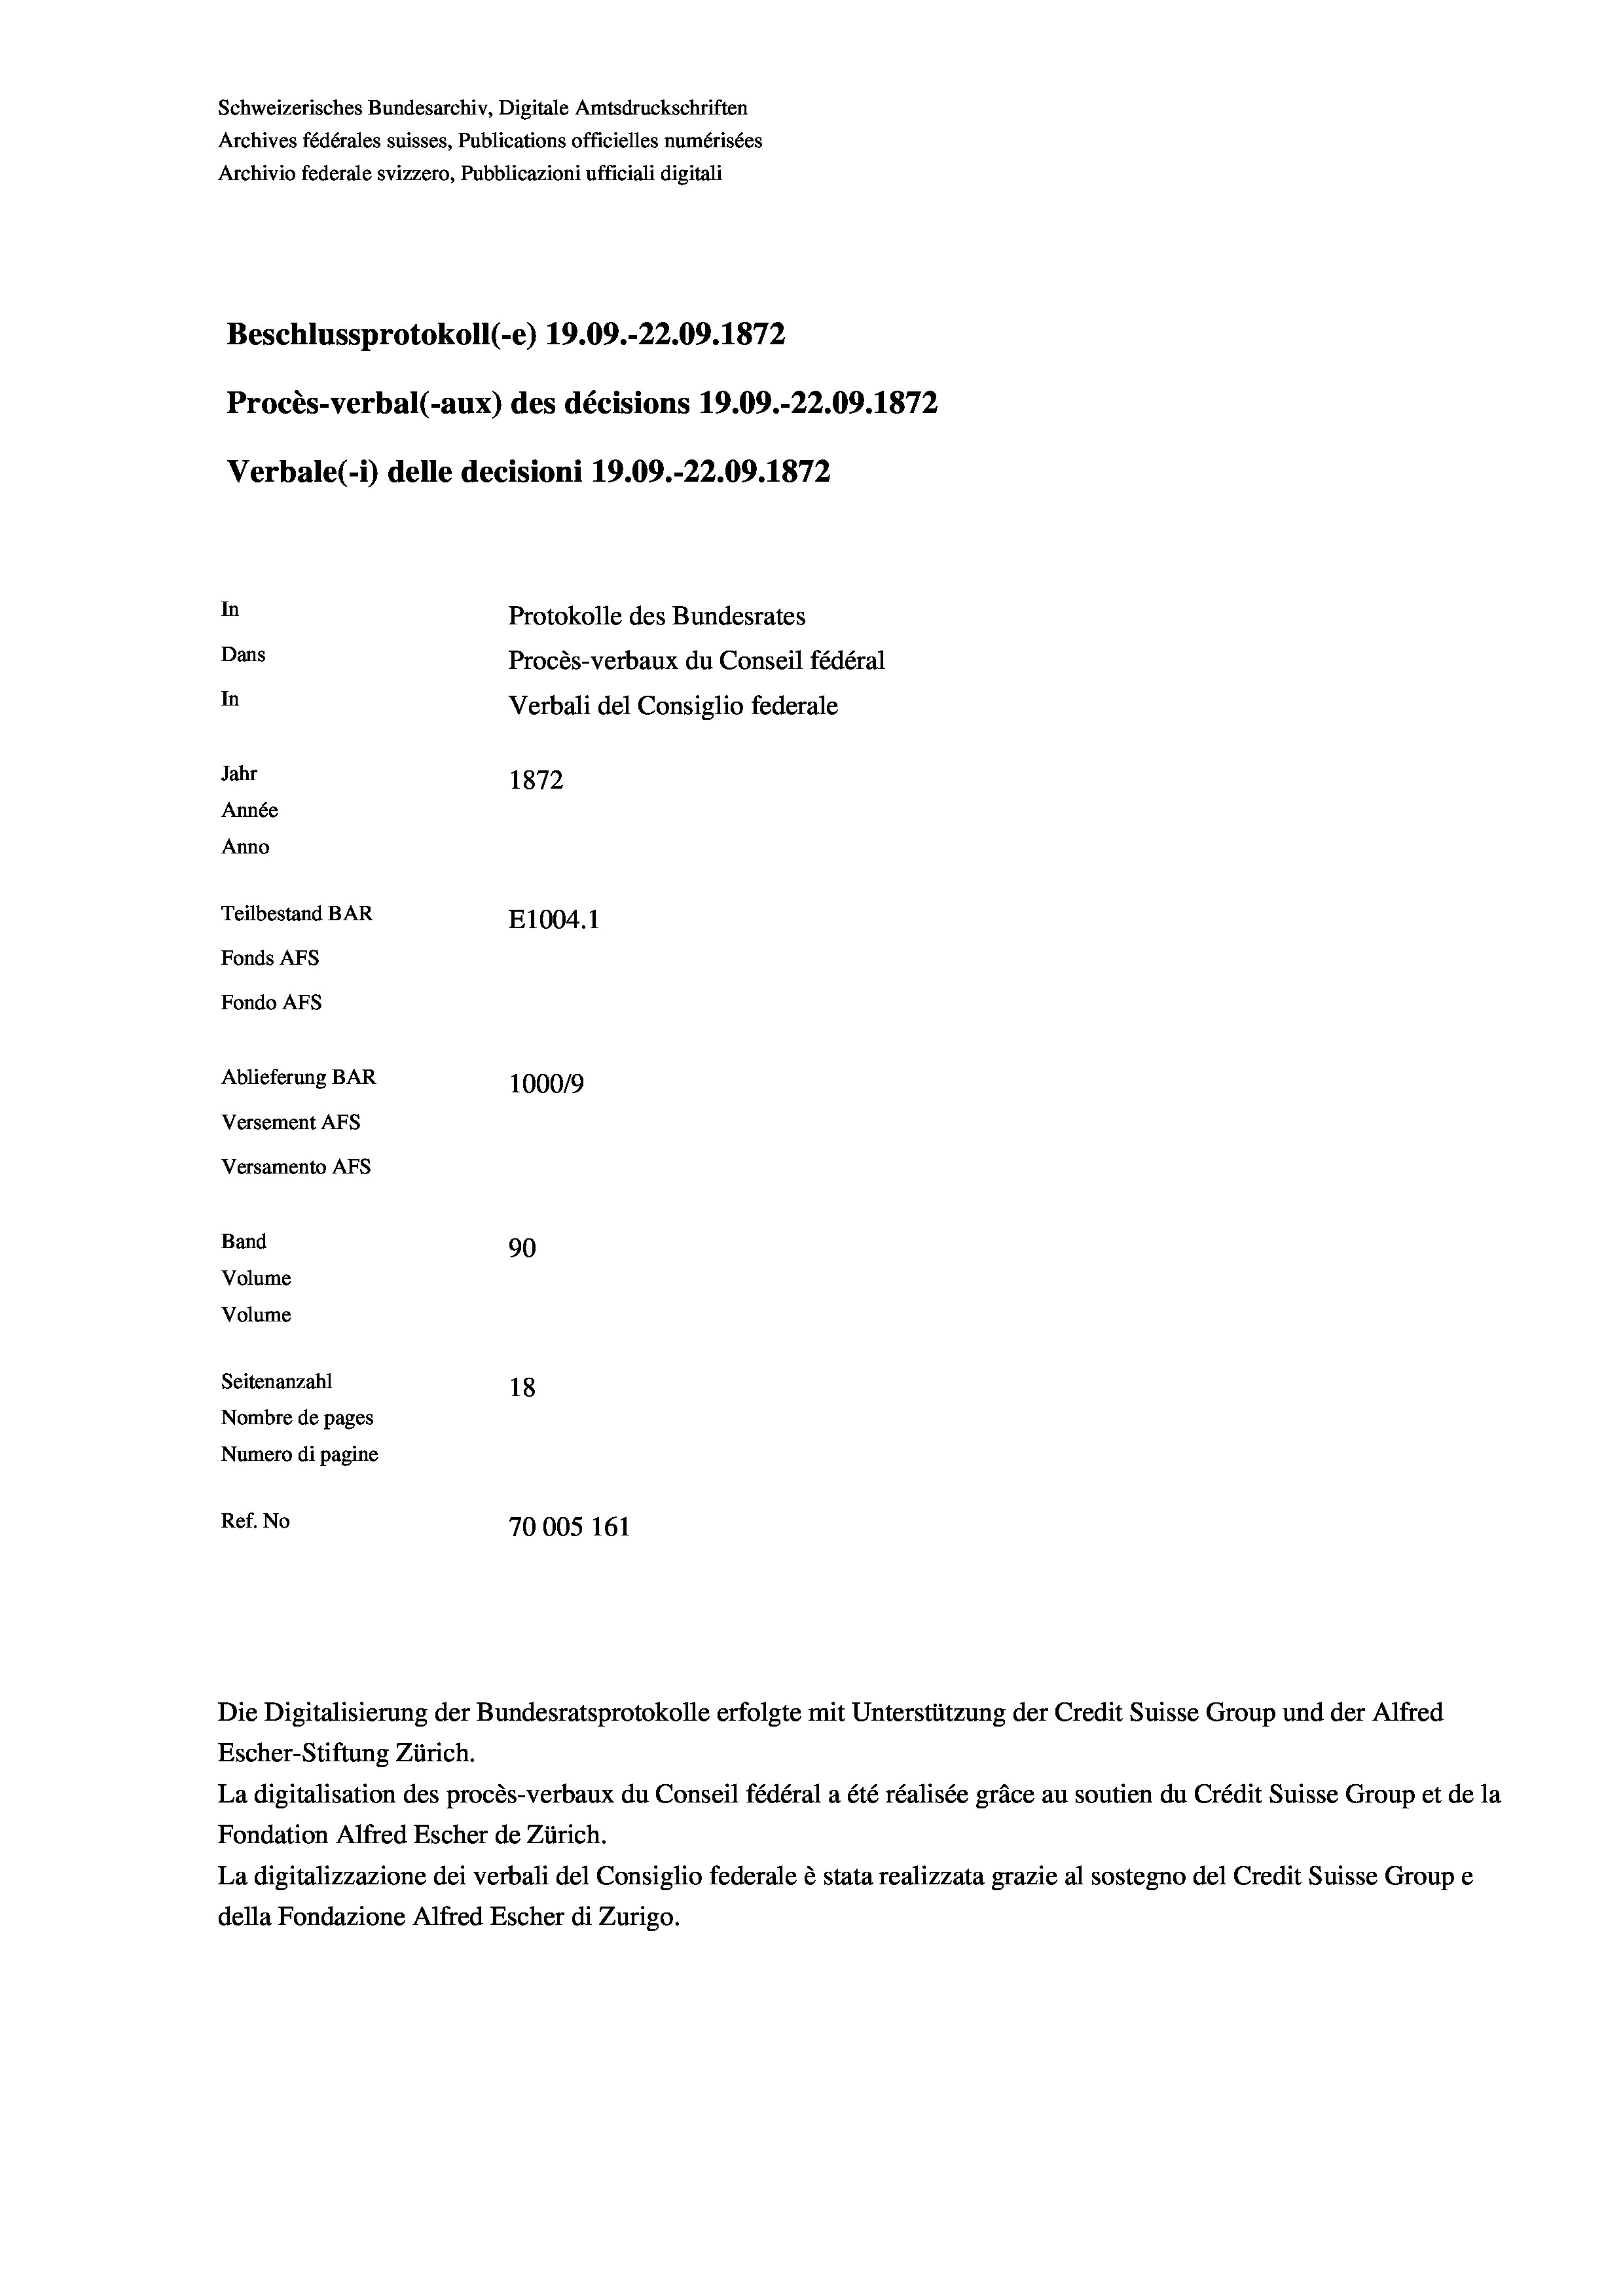
Schweizerisches Bundesarchiv, Digitale Amtsdruckschriften
Archives fédérales suisses, Publications officielles numérisées
Archivio federale svizzero, Pubblicazioni ufficiali digitali
Beschlussprotokoll (-e) 19.09.-22.09. 1872
Procès-verbal (-aux) des décisions 19.09.-22.09. 1872
Verbale (- 1) delle decisioni 19.09.-22.09. 1872
In
Protokolle des Bundesrates
Dans
Procès-verbaux du Conseil fédéral
In
Verbali del Consiglio federale
Jahr
1872
Année
Anno
Teilbestand BAR
E1004. 1
Fonds AFs
Fondo Afs
Ablieferung BAR
100019
Versement AFs
Versamento AFs
Band

90
18
Ref. No
70005 161

Volume
Volume

Seitenanzahl
Nombre de pages
Numero di pagine

Die Digitalisierung der Bundesratsprotokolle erfolgte mit Unterstützung der Credit Suisse Group und der Alfred

Escher-Stiftung Zürich.
La digitalisation des procès-verbaux du Conseil fédéral a été réalisée gräce au soutien du Crédit Suisse Group et de la
Fondation Alfred Escher de Zürich.
La digitalizzazione dei verbali del Consiglio federale è stata realizzata grazie al sostegno del Credit Suisse Groupe
della Fondazione Alfred Escher di Zurigo.